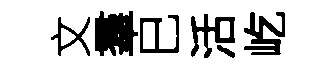
文羣巳活屹